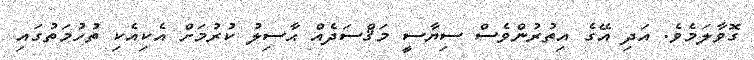
ގޮވާލަމެވެ. އަދި އޭގެ އިތުރުންވެސް ސިޔާސީ މަޤްސަދެއް ޙާސިލު ކުރުމަށް އެކިއެކި ތުހުމަތުގައި